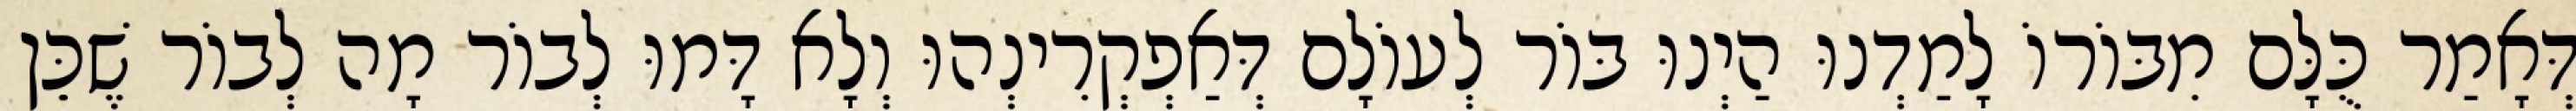
דְּאָמַר כֻּלָּם מִבּוֹרוֹ לָמַדְנוּ הַיְנוּ בּוֹר לְעוֹלָם דְּאַפְקְרִינְהוּ וְלָא דָּמוּ לְבוֹר מָה לְבוֹר שֶׁכֵּן